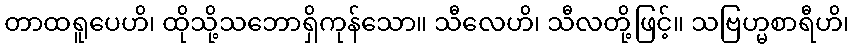
တာထရူပေဟိ၊ ထိုသို့သဘောရှိကုန်သော။ သီလေဟိ၊ သီလတို့ဖြင့်။ သဗြဟ္မစာရီဟိ၊